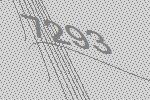
7293